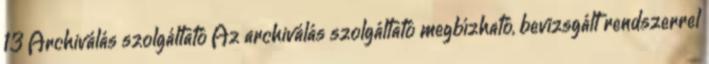
13 Archiválás szolgáltató Az archiválás szolgáltató megbízható, bevizsgált rendszerrel